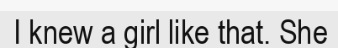
I knew a girl like that. She